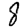
Digit: 8